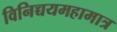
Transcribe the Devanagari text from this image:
विनिच्चयमहामात्र